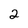
Character: 2